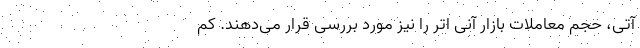
آتی، حجم معاملات بازار آنی اتر را نیز مورد بررسی قرار می‌دهند. کم